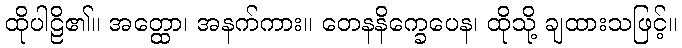
ထိုပါဠိ၏။ အတ္ထော၊ အနက်ကား။ တေနနိက္ခေပေန၊ ထိုသို့ ချထားသဖြင့်။